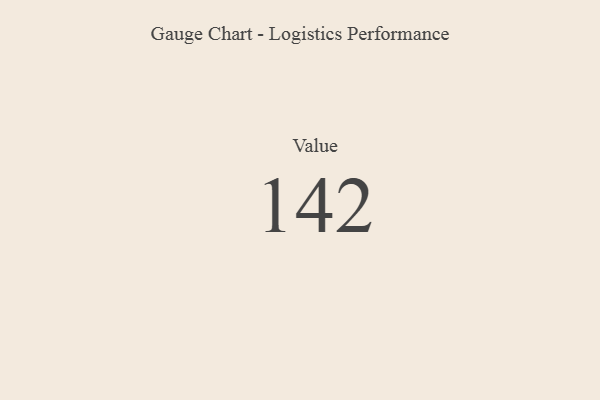
{"axis": {"x": "Metric", "y": "Value"}, "legend": [""], "data": [{"x": "Value", "y": 142, "type": ""}]}